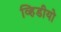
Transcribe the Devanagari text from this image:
व्हिडीयो